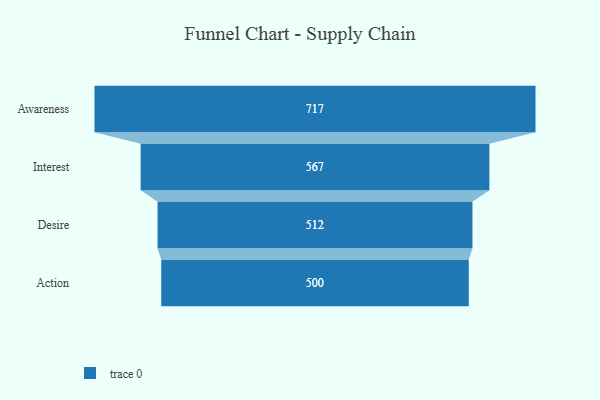
{"axis": {"x": "Stage", "y": "Value"}, "legend": [""], "data": [{"x": "Awareness", "y": 717.0, "type": ""}, {"x": "Interest", "y": 567.0, "type": ""}, {"x": "Desire", "y": 512.0, "type": ""}, {"x": "Action", "y": 500, "type": ""}]}